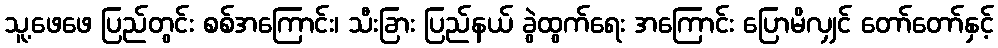
သူ့ဖေဖေ ပြည်တွင်း စစ်အကြောင်း၊ သီးခြား ပြည်နယ် ခွဲထွက်ရေး အကြောင်း ပြောမိလျှင် တော်တော်နှင့်